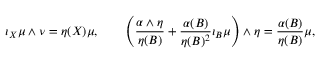
\iota _ { X } \mu \wedge \nu = \eta ( X ) \mu , \qquad \left( \frac { \alpha \wedge \eta } { \eta ( B ) } + \frac { \alpha ( B ) } { \eta ( B ) ^ { 2 } } \iota _ { B } \mu \right) \wedge \eta = \frac { \alpha ( B ) } { \eta ( B ) } \mu ,